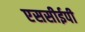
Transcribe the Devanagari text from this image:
एससीईपी